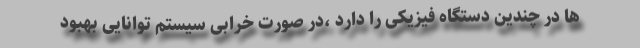
ها در چندین دستگاه فیزیکی را دارد ،در صورت خرابی سیستم توانایی بهبود